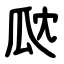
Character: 㼉